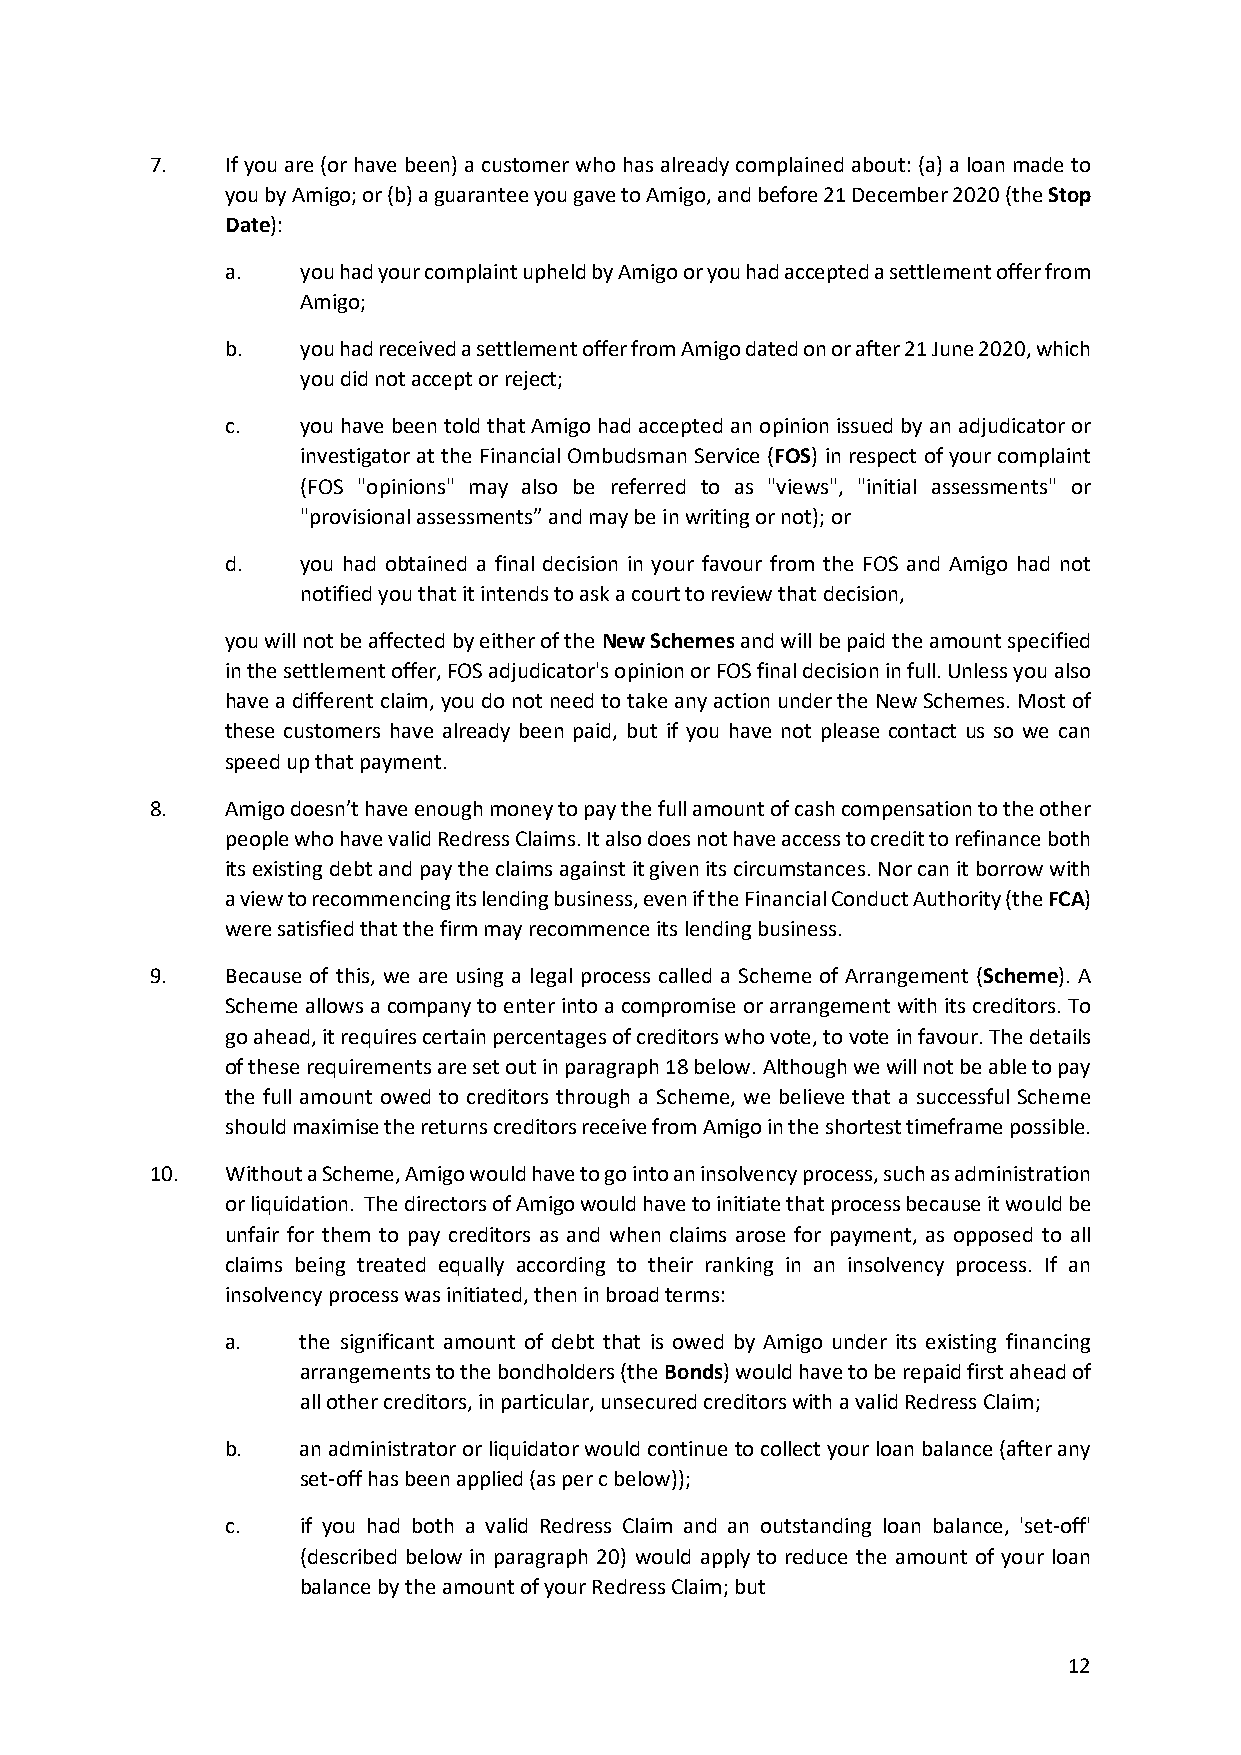
7.   If you are (or have been) a customer who has already complained about: (a) a loan made to
 you by Amigo; or (b) a guarantee you gave to Amigo, and before 21 December 2020 (the Stop
 Date):
 a.   you had your complaint upheld by Amigo or you had accepted a settlement offer from
 Amigo;
 b.   you had received a settlement offer from Amigo dated on or after 21 June 2020, which
 you did not accept or reject;
 c.   you have been told that Amigo had accepted an opinion issued by an adjudicator or
 investigator at the Financial Ombudsman Service (FOS) in respect of your complaint
 (FOS "opinions" may also be referred to as "views", "initial assessments" or
 "provisional assessments” and may be in writing or not); or
 d.   you had obtained a final decision in your favour from the FOS and Amigo had not
 notified you that it intends to ask a court to review that decision,
 you will not be affected by either of the New Schemes and will be paid the amount specified
 in the settlement offer, FOS adjudicator's opinion or FOS final decision in full. Unless you also
 have a different claim, you do not need to take any action under the New Schemes. Most of
 these customers have already been paid, but if you have not please contact us so we can
 speed up that payment.
 8.   Amigo doesn’t have enough money to pay the full amount of cash compensation to the other
 people who have valid Redress Claims. It also does not have access to credit to refinance both
 its existing debt and pay the claims against it given its circumstances. Nor can it borrow with
 a view to recommencing its lending business, even if the Financial Conduct Authority (the FCA)
 were satisfied that the firm may recommence its lending business.
 9.   Because of this, we are using a legal process called a Scheme of Arrangement (Scheme). A
 Scheme allows a company to enter into a compromise or arrangement with its creditors. To
 go ahead, it requires certain percentages of creditors who vote, to vote in favour. The details
 of these requirements are set out in paragraph 18 below. Although we will not be able to pay
 the full amount owed to creditors through a Scheme, we believe that a successful Scheme
 should maximise the returns creditors receive from Amigo in the shortest timeframe possible.
 10.  Without a Scheme, Amigo would have to go into an insolvency process, such as administration
 or liquidation. The directors of Amigo would have to initiate that process because it would be
 unfair for them to pay creditors as and when claims arose for payment, as opposed to all
 claims being treated equally according to their ranking in an insolvency process. If an
 insolvency process was initiated, then in broad terms:
 a.   the significant amount of debt that is owed by Amigo under its existing financing
 arrangements to the bondholders (the Bonds) would have to be repaid first ahead of
 all other creditors, in particular, unsecured creditors with a valid Redress Claim;
 b.   an administrator or liquidator would continue to collect your loan balance (after any
 set-off has been applied (as per c below));
 c.   if you had both a valid Redress Claim and an outstanding loan balance, 'set-off'
 (described below in paragraph 20) would apply to reduce the amount of your loan
 balance by the amount of your Redress Claim; but
 12